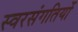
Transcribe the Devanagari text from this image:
स्वरसंगतियों